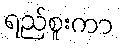
ရည်စူးကာ